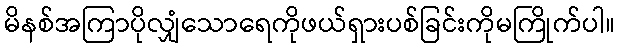
မိနစ်အကြာပိုလျှံသောရေကိုဖယ်ရှားပစ်ခြင်းကိုမကြိုက်ပါ။